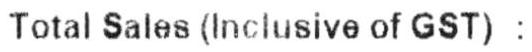
TOTAL SALES (INCLUSIVE OF GST) :